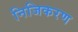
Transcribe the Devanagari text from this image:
निजिकरण